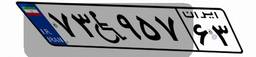
۲۳W۰۳۸۳۳